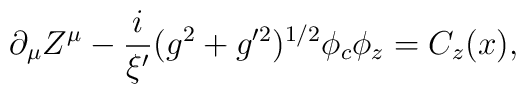
\partial_{\mu}Z^{\mu} - \frac{i}{\xi'}(g^2 + g'^2)^{1/2}\phi_c \phi_{z} = C_z(x) ,